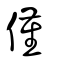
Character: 僅